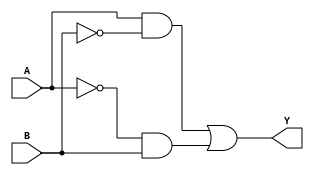
module XOR_gate(
    input A,
    input B,
    output Y
);

wire not_A, not_B, and_1_output, and_2_output;

assign not_A = ~A;
assign not_B = ~B;

assign and_1_output = A & not_B;
assign and_2_output = not_A & B;

assign Y = and_1_output | and_2_output;

endmodule